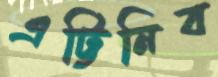
এট্টিনিব